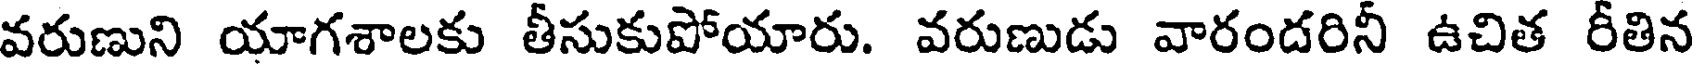
వరుణుని యాగశాలకు తీసుకుపోయారు. వరుణుడు వారందరినీ ఉచిత రీతిన